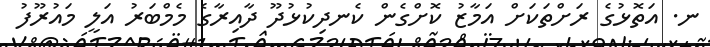
ނ. އަތޮޅުގެ ރަށްތަކަށް އަމާޒު ކޮށްގެން ކެނދިކުޅުދޫ ދާއިރާގެ މެމްބަރު އަލީ މައުރޫފު